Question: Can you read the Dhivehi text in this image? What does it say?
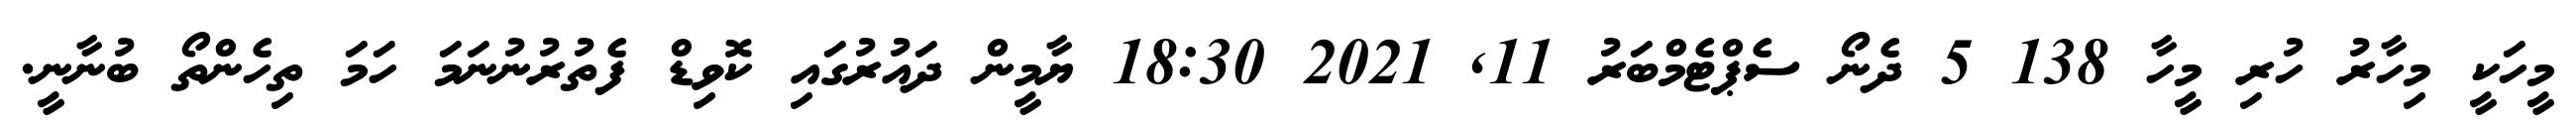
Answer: މީހަކީ މިހާރު ހުރި މީހާ 138 5 ދެނޯ ސެޕްޓެމްބަރު 11, 2021 18:30 ޔާމީން ދައުރުގައި ކޮވިޑް ފެތުރުނުނަމަ ހަމަ ތިހެންތޯ ބުނާނީ.